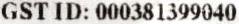
GST ID: 000381399040